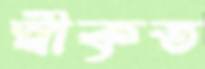
স্বীকৃত